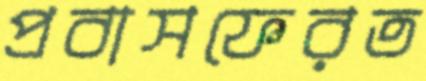
প্রবাসফেরত